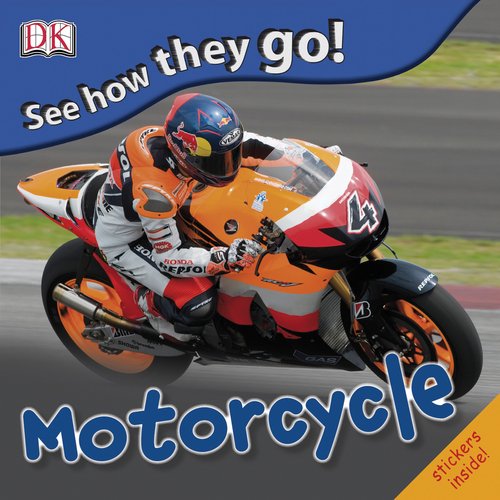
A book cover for See How They Go: Motorcycle; DK Publishing; Children's Books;